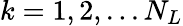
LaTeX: k=1,2,...N_{L}